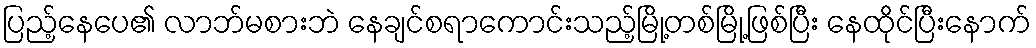
ပြည့်နေပေ၏ လာဘ်မစားဘဲ နေချင်စရာကောင်းသည့်မြို့တစ်မြို့ဖြစ်ပြီး နေထိုင်ပြီးနောက်